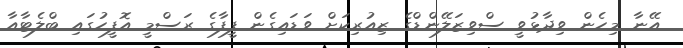
އޭނާ މިހެން ވިދާޅުވީ ސްވިޒަލޭންޑްގެ ޒިއުރިކަށް ވަޑައިގެން ފީފާގެ ރަސްމީ އޮފީހުގައި ބްލެޓާއާ